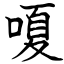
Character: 嗄